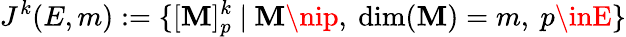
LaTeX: J^{k}(E,m):=\{ [\mathbf{M}]_{p}^{k}~|~\mathbf{M}\nip,~{\mathrm{{dim}}}(\mathbf{M})=m,~p\inE\}